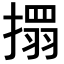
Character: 𢴄